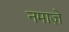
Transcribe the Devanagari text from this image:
नमाज़े